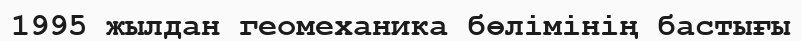
1995 жылдан геомеханика бөлімінің бастығы